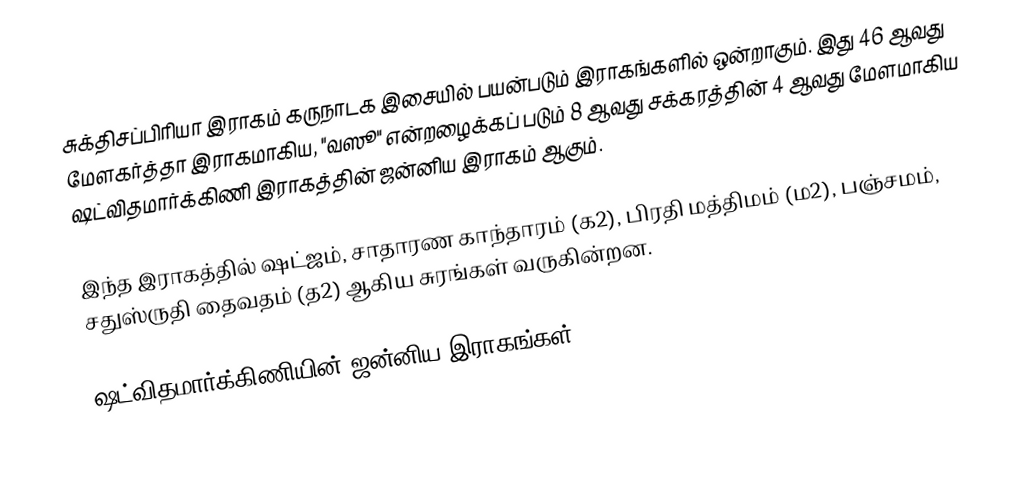
சுக்திசப்பிரியா இராகம் கருநாடக இசையில் பயன்படும் இராகங்களில் ஒன்றாகும். இது 46 ஆவது மேளகர்த்தா இராகமாகிய, "வஸூ" என்றழைக்கப் படும் 8 ஆவது சக்கரத்தின் 4 ஆவது மேளமாகிய ஷட்விதமார்க்கிணி இராகத்தின் ஜன்னிய இராகம் ஆகும்.

இந்த இராகத்தில் ஷட்ஜம், சாதாரண காந்தாரம் (க2), பிரதி மத்திமம் (ம2), பஞ்சமம்,  சதுஸ்ருதி தைவதம் (த2) ஆகிய சுரங்கள் வருகின்றன.

ஷட்விதமார்க்கிணியின் ஜன்னிய இராகங்கள்